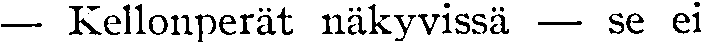
— Kellonperät näkyvissä — se ei